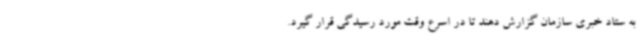
به ستاد خبری سازمان گزارش دهند تا در اسرع وقت مورد رسیدگی قرار گیرد.